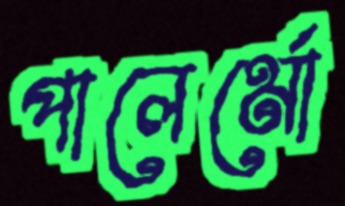
পালের্মো